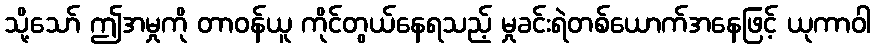
သို့သော် ဤအမှုကို တာဝန်ယူ ကိုင်တွယ်နေရသည့် မှုခင်းရဲတစ်ယောက်အနေဖြင့် ယုကာဝါ